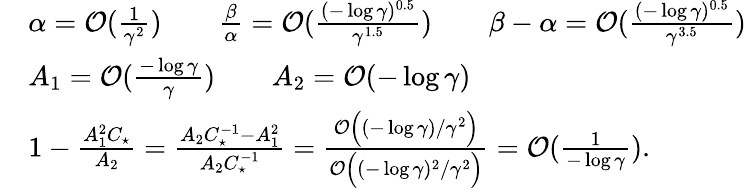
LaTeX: \begin{array}{rl}&{\alpha=\mathcal{O}(\frac{1}{\gamma^{2}})\qquad\frac{\beta}{\alpha}=\mathcal{O}(\frac{(-\log\gamma)^{0.5}}{\gamma^{1.5}})\qquad\beta-\alpha=\mathcal{O}(\frac{(-\log\gamma)^{0.5}}{\gamma^{3.5}})}\\ &{A_{1}=\mathcal{O}(\frac{-\log\gamma}{\gamma})\qquad A_{2}=\mathcal{O}(-\log\gamma)}\\ &{1-\frac{A_{1}^{2}C_{\star}}{A_{2}}=\frac{A_{2}C_{\star}^{-1}-A_{1}^{2}}{A_{2}C_{\star}^{-1}}=\frac{\mathcal{O}\Bigl((-\log\gamma)/\gamma^{2}\Bigr)}{\mathcal{O}\Bigl((-\log\gamma)^{2}/\gamma^{2}\Bigr)}=\mathcal{O}(\frac{1}{-\log\gamma}).}\end{array}